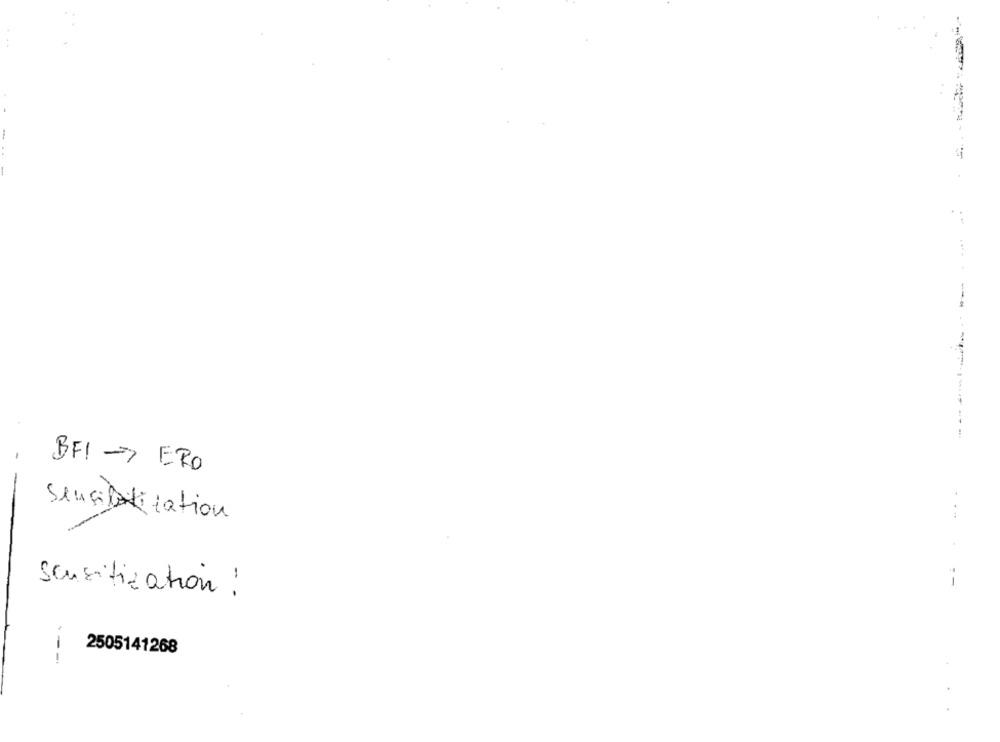
BFI - ERO
sensibilisation
... .
scusitization !
2505141268
---